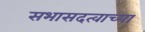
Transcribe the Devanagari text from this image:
सभासदत्वाच्या